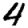
Digit: 4